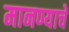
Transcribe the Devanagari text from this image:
मानण्याचे